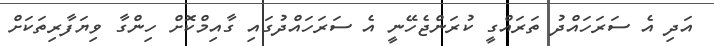
އަދި އެ ސަރަހައްދު ތަރައްގީ ކުރަންޖެހޭނީ އެ ސަރަހައްދުގައި ގާއިމްކޮށް ހިންގާ ވިޔަފާރިތަކަށް